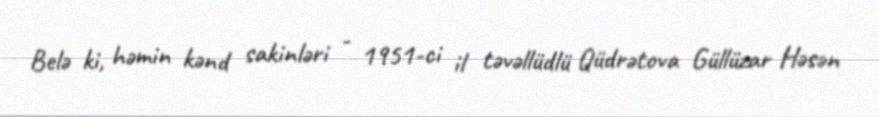
Belə ki, həmin kənd sakinləri - 1951-ci il təvəllüdlü Qüdrətova Güllüzar Həsən